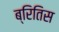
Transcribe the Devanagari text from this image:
ब्रितिस